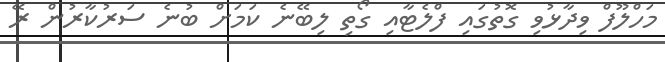
މަހްލޫފް ވިދާޅުވި ގޮތުގައި ފްލެޓާއި ގޯތި ލިބޭނެ ކަމަށް ބުނެ ސަރުކާރުން ރޭ